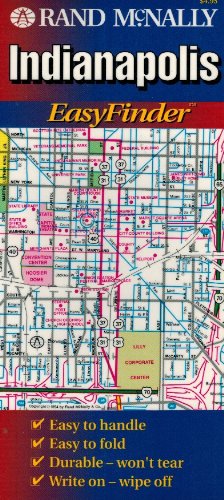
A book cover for Rand McNally Easyfinder Indianapolis Map; Rand McNally; Travel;